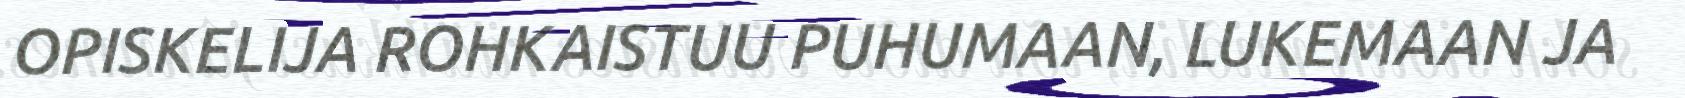
OPISKELIJA ROHKAISTUU PUHUMAAN, LUKEMAAN JA